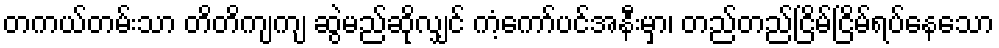
တကယ်တမ်းသာ တိတိကျကျ ဆွဲမည်ဆိုလျှင် ကံ့ကော်ပင်အနီးမှာ၊ တည်တည်ငြိမ်ငြိမ်ရပ်နေသော